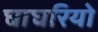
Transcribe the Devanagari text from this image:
घाघरियो